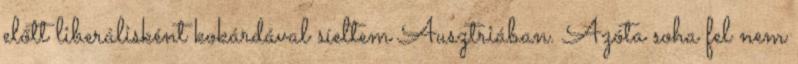
előtt liberálisként kokárdával síeltem Ausztriában. Azóta soha fel nem